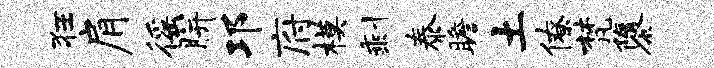
狂肩徭胼邛府模剩泰瞻土僚梵隳